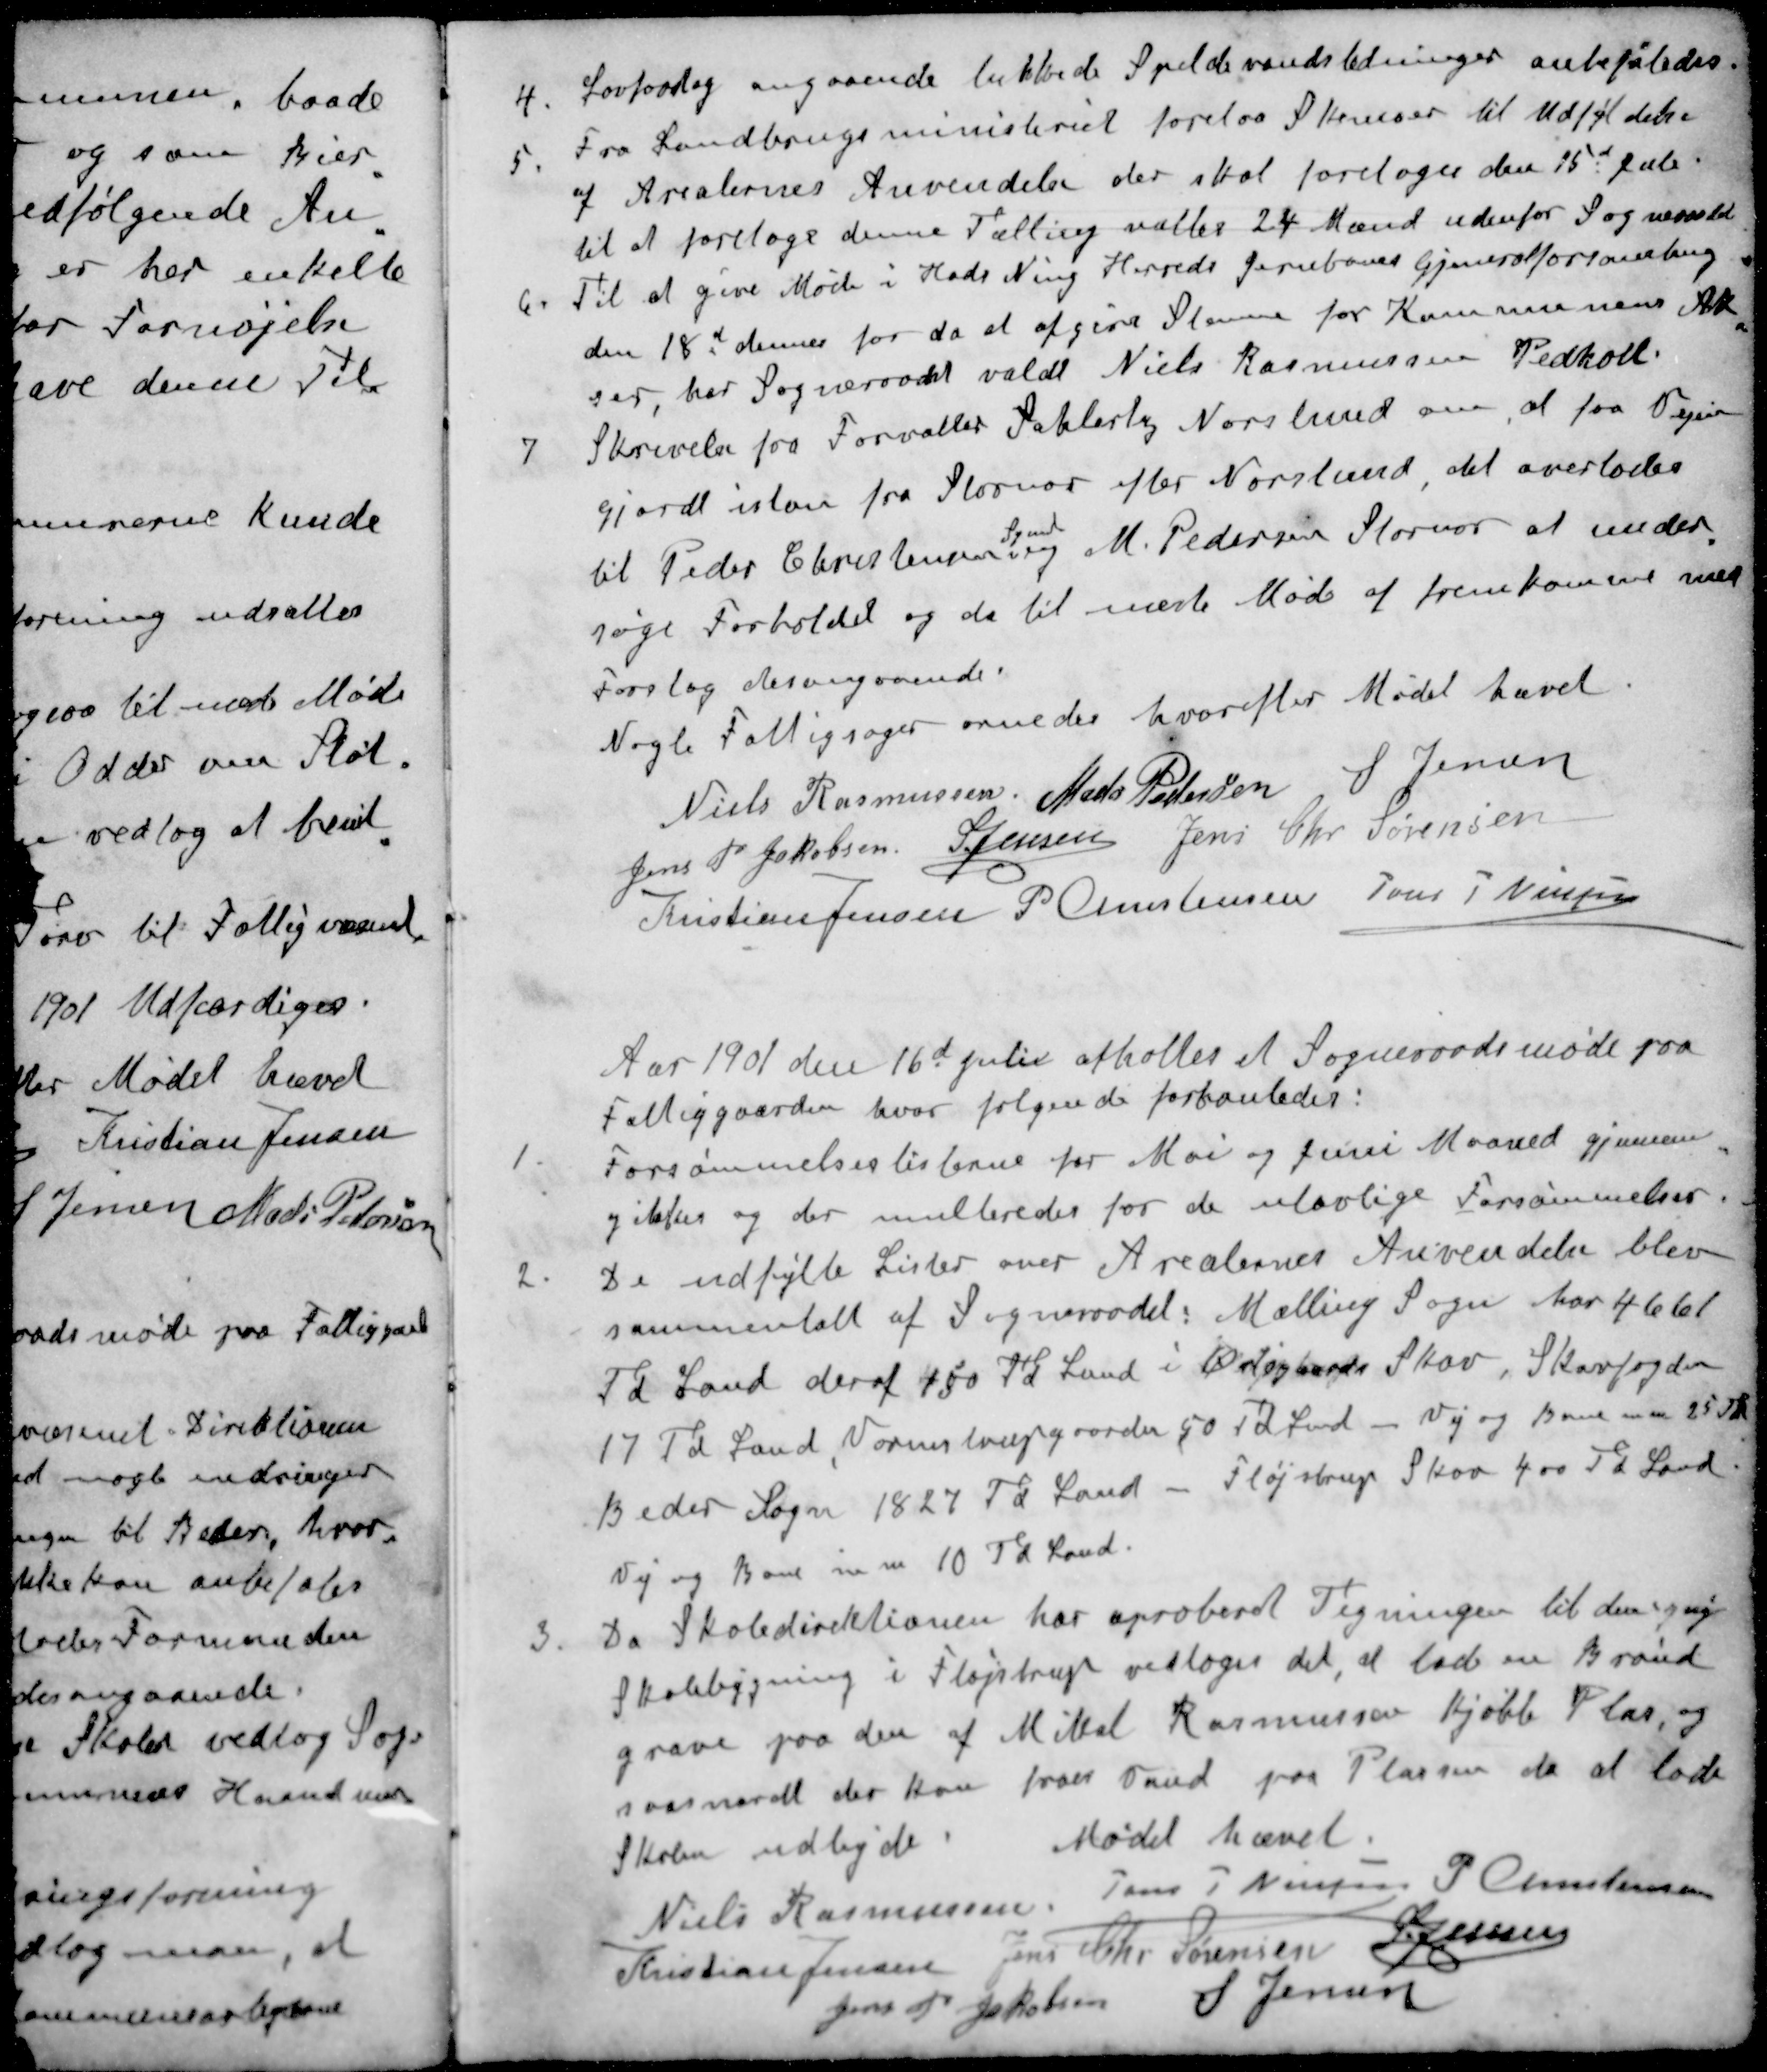
Transskription:
4. Lovforslag angaaende lukkede Spildevandsledninger anbefaledes
5. Fra Landbrugsministeriet forelaa Skemaer til Udfyldelse
af Arealernes Anvendelse der skal foretoges den 15d Juli
til at foretage denne Tælling valtes 24 Mænd udenfor Sogneraadet
6. Til at give Møde i Hads Ning Herreds Jernbanes Gjeneralforsamling
den 18d denne for da at afgive Stemme for Kommunens Ak-
ser, har Sogneraadet valdt Niels Rasmussen Pedholt.
7 Skrivelse fra Forvalter Saklerby Norslund om at faa Vejen
gjordt istan fra Stornor efter Norslund, det overlodes
Synd
til Peder Christensen og M. Pedersen Stornor at under-
søge Forholdet og da til næste Møde af fremkomme med
Forslag desangaaende
Nogle Fattigsager ornedes hvorefter Mødet hævet.
Niels Rasmussen
Mads Pedersen
S Jensen
Jens P Jakobsen
S Jensen
Jens Chr Sørensen
Kristian Jensen
P Christensen
Jens P Nielsen
Aar 1901 den 16d Juli afholtes et Sogneraadsmøde paa
Fattiggaarden, hvor følgende forhanledes:
1. Forsømmelseslisterne for Mai og Juni Maaned gjennem
gikkes og der multeredes for de ulovlige Forsømmelser
2. De udfylde Lister over Arealernes Anvendelse blev
sammentalt af Sogneraadet: Malling Sogn har 4661
Td Land deraf 450 Kr Land i Vaigaards Skov, Skovfogden
17 Td Land, Vormstrupgaarden 50 Td Land - Vej og Bane m m 25 Td
Beder Sogn 1827 Td Land - Fløjstrup Skov 400 Td Land
Vej og Bane m m 10 Td Land.
3. Da Skoledirektionen har aproberet Tegningen til den ny
Skolebygning i Fløjstrup vedtoges det, at lade en Brønd
grave paa den af Mikal Rasmussen kjøbte Plas, og
saasnardt der kan faaes Vand paa Plassen da at lade
Skolen udbyde
Mødet hævet.
Niels Rasmussen
Jens P Nielsen
P. Christensen
Kristian Jensen
Jens Chr Sørensen
S Jensen
Jens P. Jakobsen
S Jensen